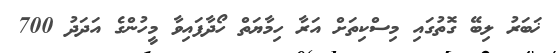
ޚަބަރު ލިބޭ ގޮތުގައި މިސްކިތަށް އަރާ ހިމާޔަތް ހޯދާފައިވާ މީހުންގެ އަދަދު 700